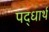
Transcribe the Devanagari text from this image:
पद्धार्थ